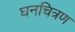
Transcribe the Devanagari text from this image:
घनचित्रण